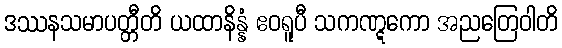
ဒဿနသမာပတ္တီတိ ယထာနိန္နံ ဧဝရူပီ သကဏ္ဋကော အညတြေဝါတိ